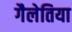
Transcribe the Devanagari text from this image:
गैलेतिया